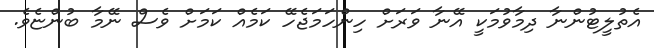
އެތުލީޓުންނާ ދިމާވުމަކީ އޭނާ ވަރަށް ހިންހަމަޖެހޭ ކަމެއް ކަމަށް ވެސް ނޭމާ ބުންޏެވެ.